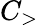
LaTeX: C_{>}